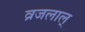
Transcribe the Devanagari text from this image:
व्रजलाल्